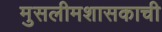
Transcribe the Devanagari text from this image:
मुसलीमशासकाची